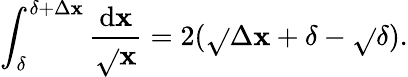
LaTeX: \int_{\delta}^{\delta+\Delta\mathbf{x}}\frac{{\mathrm{{d}}\mathbf{x}}}{{\sqrt{}{{\mathbf{x}}}}}=2(\sqrt{}{{\Delta\mathbf{x}+\delta}}-\sqrt{}{{\delta}}).